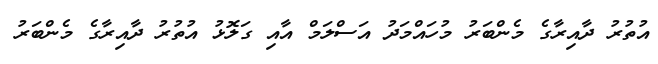
އުތުރު ދާއިރާގެ މެންބަރު މުހައްމަދު އަސްލަމް އާއި ގަލޮޅު އުތުރު ދާއިރާގެ މެންބަރު